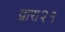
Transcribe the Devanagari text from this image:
द्वारा२१